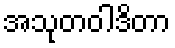
အသုတဝါဒိတာ